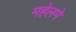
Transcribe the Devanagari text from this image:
महेलमे